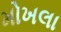
મોખલા